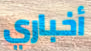
أخباري